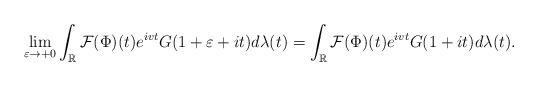
LaTeX: \begin{align*}\lim_{\varepsilon \to +0} \int_{\mathbb{R}} \mathcal{F}(\Phi)(t)e^{ivt} G(1 + \varepsilon + it) d\lambda(t) = \int_{\mathbb{R}} \mathcal{F}(\Phi)(t) e^{ivt} G(1 + it) d\lambda(t). \end{align*}